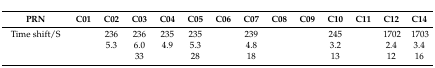
<table><thead><tr><td><b>PRN</b></td><td><b>C01</b></td><td><b>C02</b></td><td><b>C03</b></td><td><b>C04</b></td><td><b>C05</b></td><td><b>C06</b></td><td><b>C07</b></td><td><b>C08</b></td><td><b>C09</b></td><td><b>C10</b></td><td><b>C11</b></td><td><b>C12</b></td><td><b>C14</b></td></tr></thead><tbody><tr><td>Time shift/S</td><td>[EMPTY_CELL]</td><td>236</td><td>236</td><td>235</td><td>235</td><td>[EMPTY_CELL]</td><td>239</td><td>[EMPTY_CELL]</td><td>[EMPTY_CELL]</td><td>245</td><td>[EMPTY_CELL]</td><td>1702</td><td>1703</td></tr><tr><td>[EMPTY_CELL]</td><td>[EMPTY_CELL]</td><td>5.3</td><td>6.0</td><td>4.9</td><td>5.3</td><td>[EMPTY_CELL]</td><td>4.8</td><td>[EMPTY_CELL]</td><td>[EMPTY_CELL]</td><td>3.2</td><td>[EMPTY_CELL]</td><td>2.4</td><td>3.4</td></tr><tr><td>[EMPTY_CELL]</td><td>[EMPTY_CELL]</td><td>[EMPTY_CELL]</td><td>33</td><td>[EMPTY_CELL]</td><td>28</td><td>[EMPTY_CELL]</td><td>18</td><td>[EMPTY_CELL]</td><td>[EMPTY_CELL]</td><td>13</td><td>[EMPTY_CELL]</td><td>12</td><td>16</td></tr></tbody></table>